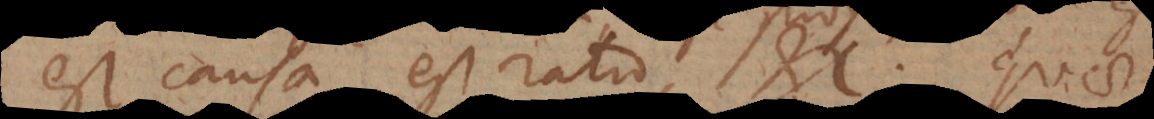
est causa, est ratio, etc. Quae